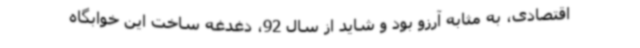
اقتصادی، به مثابه آرزو بود و شاید از سال 92، دغدغه ساخت این خوابگاه